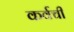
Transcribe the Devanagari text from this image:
कर्वची